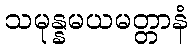
သမုန္နမယမတ္တာနံ